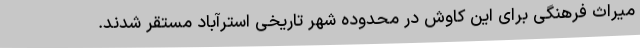
میراث فرهنگی برای این کاوش در محدوده شهر تاریخی استرآباد مستقر شدند.